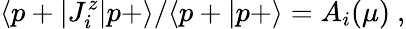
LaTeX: \langle p+|J_{i}^{z}|p+\rangle/\langle p+|p+\rangle=A_{i}(\mu)\ ,